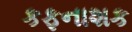
કફનાશક